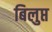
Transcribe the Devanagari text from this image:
बिलुप्त